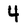
Character: 4